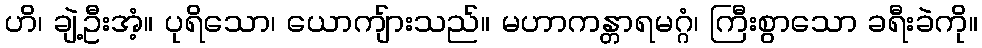
ဟိ၊ ချဲ့ဦးအံ့။ ပုရိသော၊ ယောကျ်ားသည်။ မဟာကန္တာရမဂ္ဂံ၊ ကြီးစွာသော ခရီးခဲကို။